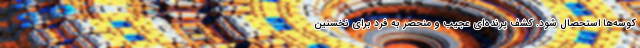
کوسه‌ها استحصال شود. کشف پرنده‌ای عجیب و منحصر به فرد برای نخستین